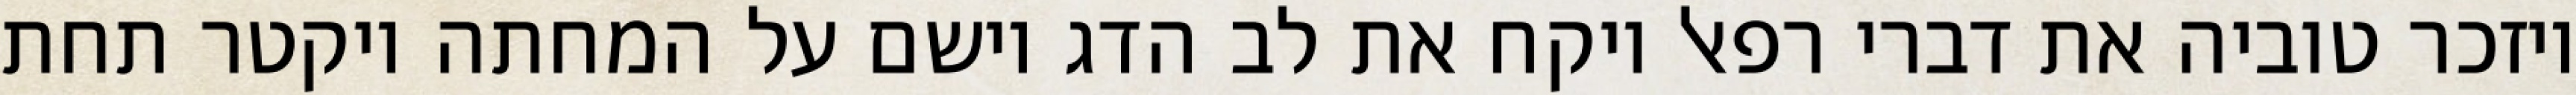
ויזכר טוביה את דברי רפאל ויקח את לב הדג וישם על המחתה ויקטר תחת